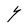
Character: Y